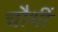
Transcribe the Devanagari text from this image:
चौथीं